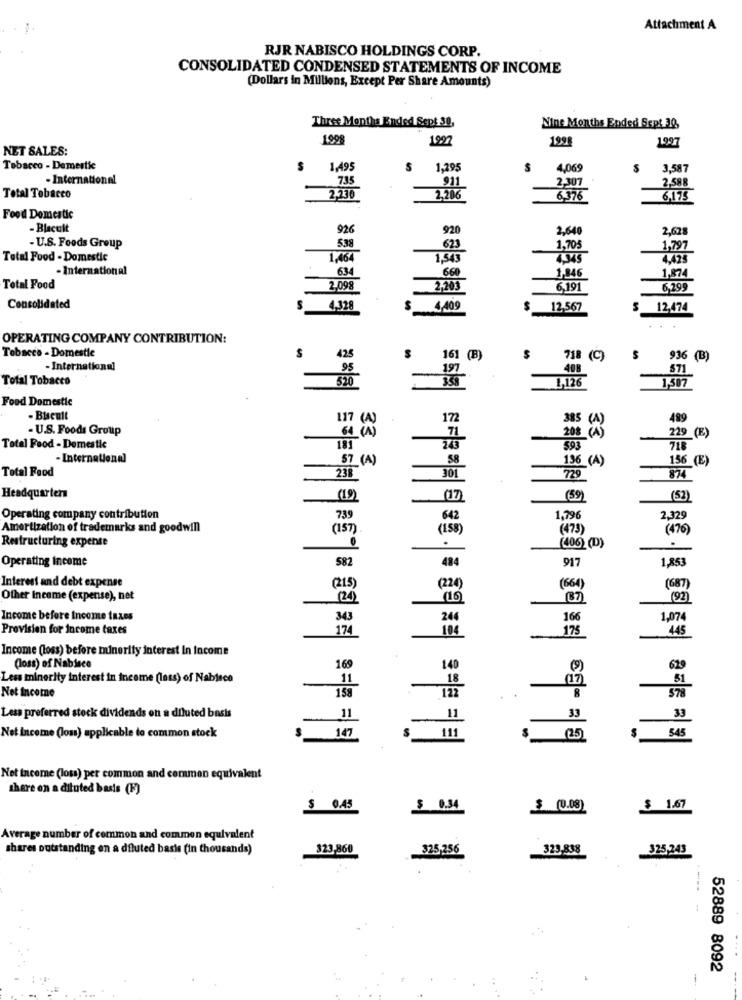
Attachment A
RJR NABISCO HOLDINGS CORP.
CONSOLIDATED CONDENSED STATEMENTS OF INCOME
(Dollars in Millions, Except Per Share Amounts)
Three Months Ended Sept 30,
Nine Months Ended Sept 30,
1998
1998
1997
NET SALES:
Tobacco - Domestic
$
1,495
$
1,295
4,069
3,587
- International
735
2,307
911
2,588
Total Tobacco
2,230
2,206
6.376
6,175
Food Domestic
- Blacult
926
920
2,640
2,628
5,38
- U.S. Foods Group
623
1,705
1,797
Total Food - Domestic
1,464
1.543
4.345
- International
634
660
1,846
1,874
Total Food
2,098
2,203
6,191
6,299
Consolidated
S
4,328
S
4,409
12.567
12,474
OPERATING COMPANY CONTRIBUTION:
$
Tobacco - Domestic
425
161 (B)
$
718 (C)
936 (B)
- International
40B
Total Tobacco
197
1,126
320
Food Domestic
- Biscult
172
385 (A)
489
- U.S. Foods Group
64 ( A)
208 (A)
229 (E)
71
Total Food - Domestic
181
593
718
- International
57 (A)
58
196 (A)
156 (E)
Total Food
238
301
729
874
Headquarters
(19)
(59)
(52)
Operating company contribution
739
642
1,796
2,329
Amortization of trademarks and goodwill
(157)
(158)
(473)
(476)
Restructuring expense
(406) (D)
.
Operating Income
582
484
917
1,853
Interest and debt expense
(215)
(224
(664)
(687)
Other Ineame (expense), net
20)
(16)
(92)
Income before income taxes
343
244
166
1,074
Provision for income taxes
174
104
175
445
Income (loss) before munerity interest In Income
(loss) of Nabisco
169
140
629
Less minority interest in income (less) of Nablece
11
18
158
122
(1)
Net income
8
33
Less preferred stock dividends on a diluted basis
11
11
33
545
Net Income (los) applicable to common stock
147
111
(25)
Net income (loss) per common and common equivalent
there on a diluted basis (F)
$ 0.45
$ 0.34
$ (0.08)
$ 1.67
Average number of common and commen equivalent
shares outstanding en a diluted basis (in thousands)
323-860
325,256
329-838
325,745
52889 8092
1